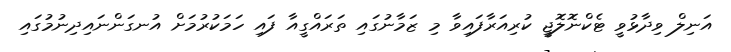
އަނިލް ވިދާޅުވީ ޓެކްނޮލޮޖީ ކުރިއަރާފައިވާ މި ޒަމާނުގައި ތަރައްގީއާ ފައި ހަމަކުރުމަށް އުނގަންނައިދިނުމުގައި